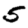
Digit: 5